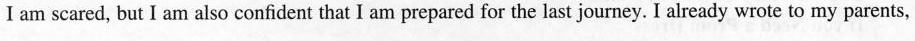
I am scared, but I am also confident that I am prepared for the last journey. I already wrote to my parents,